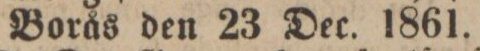
Borås den 23 Dec. 1861.